Lunatic asylums Madras 1877-1891 - 1877-1891
Year: 1877
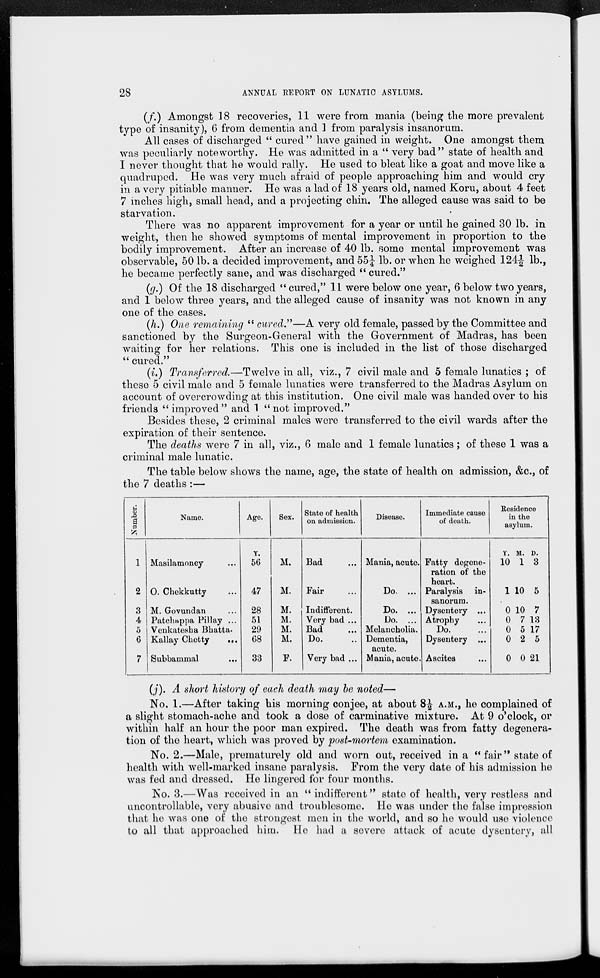
28
ANNUAL REPORT ON LUNATIC ASYLUMS.
(f.) Amongst 18 recoveries, 11 were from mania (being the more prevalent
type of insanity), 6 from dementia and 1 from paralysis insanorum.
All cases of discharged " cured" have gained in weight. One amongst them
was peculiarly noteworthy. He was admitted in a " very bad" state of health and
I never thought that he would rally. He used to bleat like a goat and move like a
quadruped. He was very much afraid of people approaching him and would cry
in a very pitiable manner. He was a lad of 18 years old, named Koru, about 4 feet
7 inches high, small head, and a projecting chin. The alleged cause was said to be
starvation.
There was no apparent improvement for a year or until he gained 30 lb. in
weight, then he showed symptoms of mental improvement in proportion to the
bodily improvement. After an increase of 40 lb. some mental improvement was
observable, 50 lb. a decided improvement, and 55¼ lb. or when he weighed 124½ lb.,
he became perfectly sane, and was discharged " cured."
(g.) Of the 18 discharged " cured," 11 were below one year, 6 below two years,
and 1 below three years, and the alleged cause of insanity was not known in any
one of the cases.
(h.) One remaining " cured."—A very old female, passed by the Committee and
sanctioned by the Surgeon-General with the Government of Madras, has been
waiting for her relations. This one is included in the list of those discharged
"cured."
(i.) Transferred.—Twelve in all, viz., 7 civil male and 5 female lunatics ; of
these 5 civil male and 5 female lunatics were transferred to the Madras Asylum on
account of overcrowding at this institution. One civil male was handed over to his
friends "improved" and 1 "not improved."
Besides these, 2 criminal males were transferred to the civil wards after the
expiration of their sentence.
The deaths were 7 in all, viz., 6 male and 1 female lunatics; of these 1 was a
criminal male lunatic.
The table below shows the name, age, the state of health on admission, &c., of
the 7 deaths :—
Number.
1
2
3
4
5
6
7
Name.
Masilamoney ...
O. Chekkutty ...
M. Govundan ...
Patchappa Pillay ...
Venkatesha Bhatta.
Kallay Chetty
...
Subbammal ...
Age.
Y.
56
47
28
51
29
68
33
Sex.
M.
M.
M.
M.
M.
M.
F.
State of health
on admission.
Bad ...
Fair ...
Indifferent.
Very bad ...
Bad
...
Do. ...
Very bad ...
Disease.
Mania, acute.
Do. ...
Do. ...
Do. ...
Melancholia.
Dementia,
acute.
Mania, acute.
Immediate cause
of death.
Fatty degene-
ration of the
heart.
Paralysis in-
sanorum.
Dysentery ...
Atrophy ...
Do. ...
Dysentery ...
Ascites ...
Residence
in the
asylum.
Y.
10
1
0
0
0
0
0
M.
1
10
10
7
5
2
0
D.
3
5
7
13
17
5
21
(j). A short history of each death may be noted—
No. 1.—After taking his morning conjee, at about 8½ A.M., he complained of
a slight stomach-ache and took a dose of carminative mixture. At 9 o'clock, or
within half an hour the poor man expired. The death was from fatty degenera-
tion of the heart, which was proved by post-mortem examination.
No. 2.—Male, prematurely old and worn out, received in a "fair" state of
health with well-marked insane paralysis. From the very date of his admission he
was fed and dressed. He lingered for four months.
No. 3.—Was received in an " indifferent" state of health, very restless and
uncontrollable, very abusive and troublesome. He was under the false impression
that he was one of the strongest men in the world, and so he would use violence
to all that approached him. He had a severe attack of acute dysentery, all